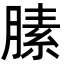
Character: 膆